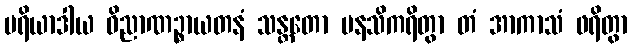
ပရိယာဒါယ ဝိညာဏဉ္စာယတနံ သန္တတော မနသိကရိတွာ တံ အာကာသံ ဖရိတွာ